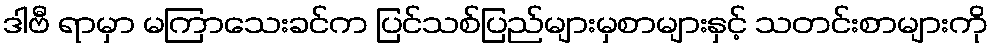
ဒါဗီ ရာမှာ မကြာသေးခင်က ပြင်သစ်ပြည်များမှစာများနှင့် သတင်းစာများကို